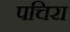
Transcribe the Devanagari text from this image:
पचिरा